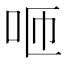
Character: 咂